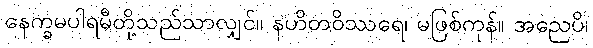
နေက္ခမပါရမီတို့သည်သာလျှင်။ နဟိတဝိဿရေ၊ မဖြစ်ကုန်။ အညေပိ၊